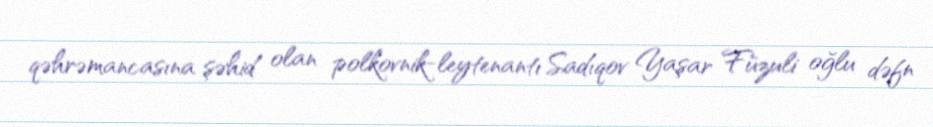
qəhrəmancasına şəhid olan polkovnik-leytenantı Sadıqov Yaşar Füzuli oğlu dəfn